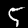
Digit: 5